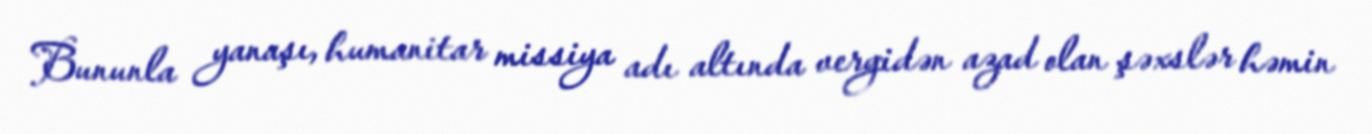
Bununla yanaşı, humanitar missiya adı altında vergidən azad olan şəxslər həmin